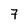
Character: 7